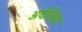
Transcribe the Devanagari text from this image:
अथेलिया